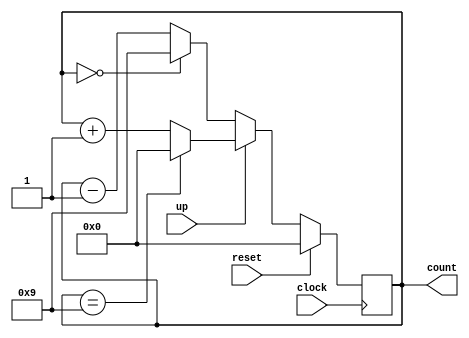
module udcounter(reset, up, clock, count);
input reset;
input up;
input clock;
output [3:0] count;
reg [3:0] count;
always @(posedge clock)
begin
      if (reset)
      count=4'b0000;
      else if (up)
      begin
      if(count==4'b1001)
      count=4'b0000;
      else
      count=count+1;
      end
    else
      begin
      if(count==4'b0000)
      count=4'b1001;
      else
      count=count-1;
      end
end

endmodule